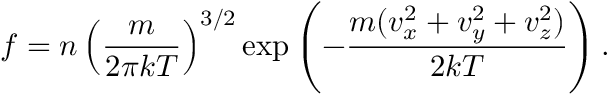
f = n \left( { \frac { m } { 2 \pi k T } } \right) ^ { 3 / 2 } \exp \left( { - { \frac { m ( v _ { x } ^ { 2 } + v _ { y } ^ { 2 } + v _ { z } ^ { 2 } ) } { 2 k T } } } \right) .